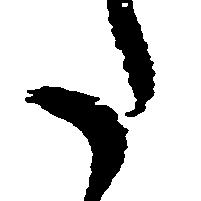
た